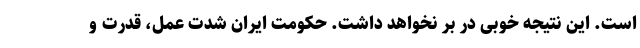
است. این نتیجه خوبی در بر نخواهد داشت. حکومت ایران شدت عمل، قدرت و